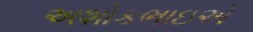
અશોકભાઇએ